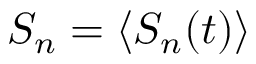
S _ { n } = \langle S _ { n } ( t ) \rangle